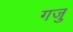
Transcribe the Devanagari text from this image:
गजु